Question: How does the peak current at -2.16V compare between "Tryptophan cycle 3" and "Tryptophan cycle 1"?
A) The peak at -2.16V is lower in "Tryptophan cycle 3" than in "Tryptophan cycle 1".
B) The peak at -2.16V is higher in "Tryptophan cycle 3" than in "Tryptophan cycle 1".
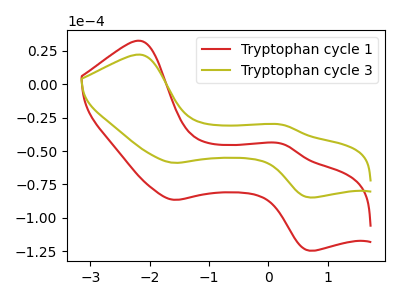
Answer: <think>The red curve "Tryptophan cycle 1" has anodic peaks at (-2.15V, 32.35uA) (0.25V, -44.70uA) and cathodic peaks at (-1.60V, -86.45uA) (0.70V, -124.45uA). The olive curve "Tryptophan cycle 3" has anodic peaks at (-2.15V, 22.00uA) (0.25V, -30.45uA) and cathodic peaks at (-1.60V, -58.85uA) (0.70V, -84.70uA).</think>
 <answer>A) The peak at -2.16V is lower in "Tryptophan cycle 3" than in "Tryptophan cycle 1".</answer>
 <eval>A</eval>